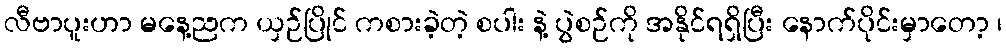
လီဗာပူးဟာ မနေ့ညက ယှဉ်ပြိုင် ကစားခဲ့တဲ့ စပါး နဲ့ ပွဲစဉ်ကို အနိုင်ရရှိပြီး နောက်ပိုင်းမှာတော့ ၊